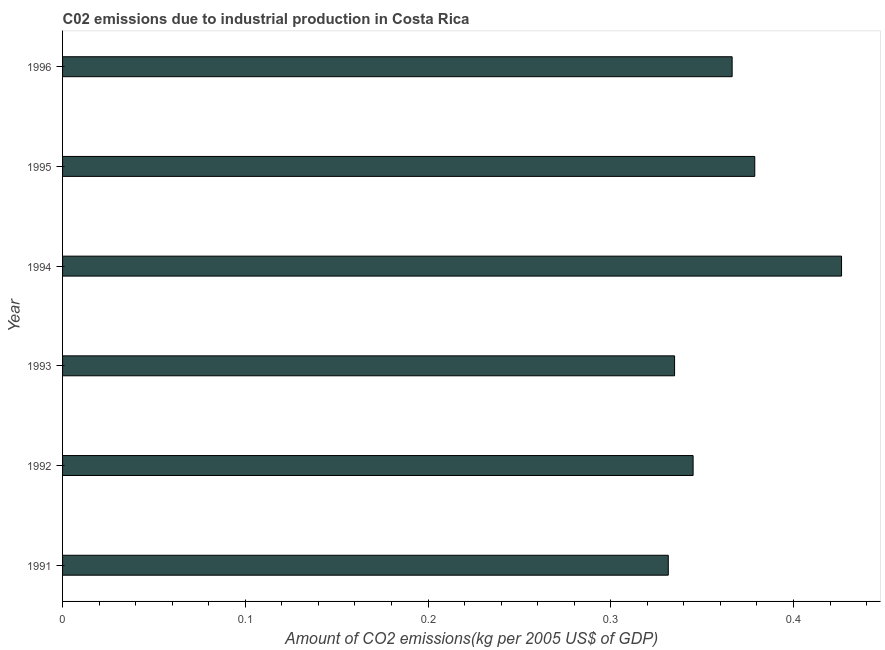
| Year | CO2 emissions  |
 | --- | --- |
 | 1991 | 0.331 |
 | 1992 | 0.345 |
 | 1993 | 0.335 |
 | 1994 | 0.426 |
 | 1995 | 0.379 |
 | 1996 | 0.366 |